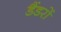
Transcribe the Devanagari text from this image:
डैंडरों